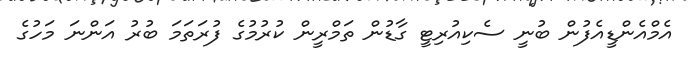
އެމްއެންޑީއެފުން ބުނީ ސެކިއުރިޓީ ގާޑުން ތަމްރީން ކުރުމުގެ ފުރަތަމަ ބުރު އަންނަ މަހުގެ